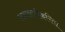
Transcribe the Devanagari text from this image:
तपासणीकरिता